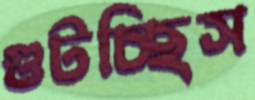
গুটচ্ছিস